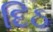
દિઠ